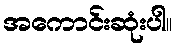
အကောင်းဆုံးပါ။